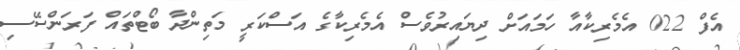
އެފް 022 އެމެރިކާއާ ހަމައަށް ދިޔައިރުވެސް އެމެރިކާގެ އަސްކަރީ މަތިންދާ ބޯޓްތައް ފަރަންސޭސި